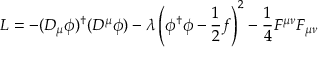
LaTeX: { \cal { L } } = - ( D _ { \mu } \phi ) ^ { \dagger } ( D ^ { \mu } \phi ) - \lambda \left( \phi ^ { \dagger } \phi - \frac { 1 } { 2 } f \right) ^ { 2 } - \frac { 1 } { 4 } F ^ { \mu \nu } F _ { \mu \nu }